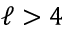
\ell > 4